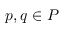
p , q \in P